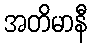
အတိမာနီ